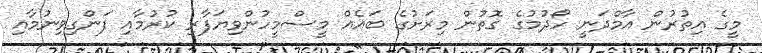
މީގެ އިތުރުން އާމްދަނީ ހޯދުމުގެ ގޮތުން މިރަށުގެ ބައެއް މީސްމީހުންވިޔަފާރި ކުރުމާއި ފަންގިވިނުމާއި